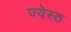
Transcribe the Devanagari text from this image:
ज्येस्ठ